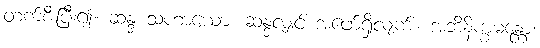
တက်စီးပြီး၍။ ဆန္ဒ သဟာယော၊ ဆန္ဒလျှင် အဖော်ရှိလျက်။ အဘိနိက္ခမန္တော၊